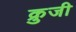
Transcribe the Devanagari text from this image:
क्रुजी